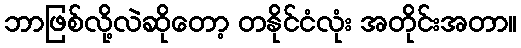
ဘာဖြစ်လို့လဲဆိုတော့ တနိုင်ငံလုံး အတိုင်းအတာ။